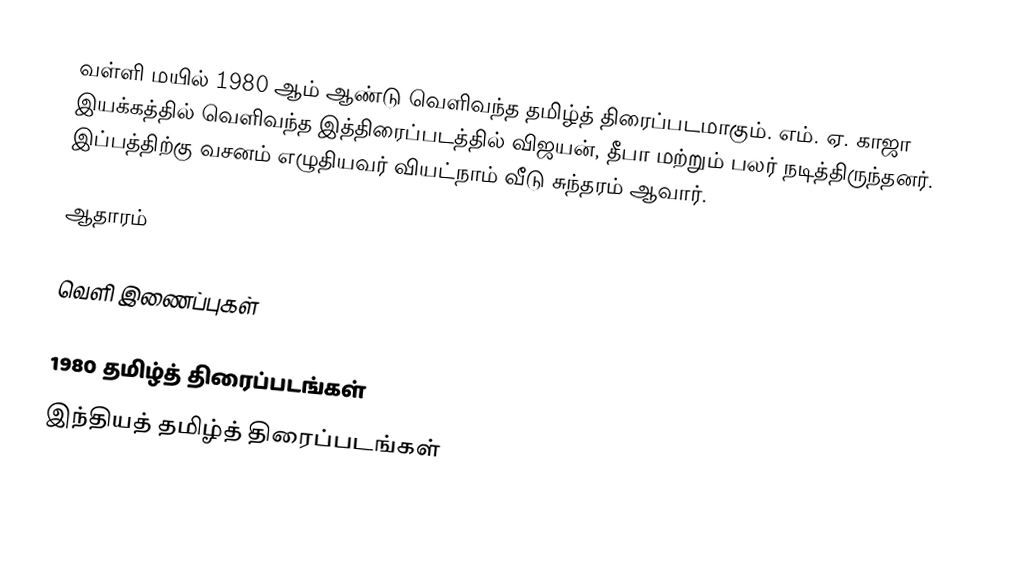
வள்ளி மயில் 1980 ஆம் ஆண்டு வெளிவந்த தமிழ்த் திரைப்படமாகும். எம். ஏ. காஜா இயக்கத்தில் வெளிவந்த இத்திரைப்படத்தில் விஜயன், தீபா மற்றும் பலர் நடித்திருந்தனர். இப்பத்திற்கு வசனம் எழுதியவர் வியட்நாம் வீடு சுந்தரம் ஆவார்.

ஆதாரம்

வெளி இணைப்புகள்

1980 தமிழ்த் திரைப்படங்கள்
இந்தியத் தமிழ்த் திரைப்படங்கள்